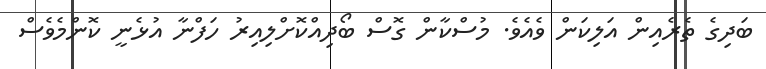
ބަދިގެ ތެރެއިން އަލިކަން ވެއެވެ. މުސްކާން ގޮސް ބޯދިއްކޮށްލިއިރު ހަފްނާ އުޅެނީ ކޮންމެވެސް